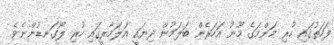
ފަހަތުގައި ހުރި މަންމަގެ މޫނު އަހަރެން ބަލަމުން ދިޔައީ އަލަމާރީގައި ހުރި ލޯގަނޑުންނެވެ.